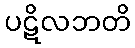
ပဋိလဘတိ